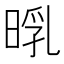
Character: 𣈃